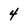
Character: 4